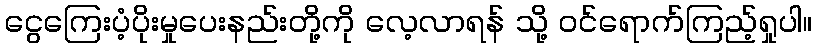
ငွေကြေးပံ့ပိုးမှုပေးနည်းတို့ကို လေ့လာရန် သို့ ဝင်ရောက်ကြည့်ရှုပါ။